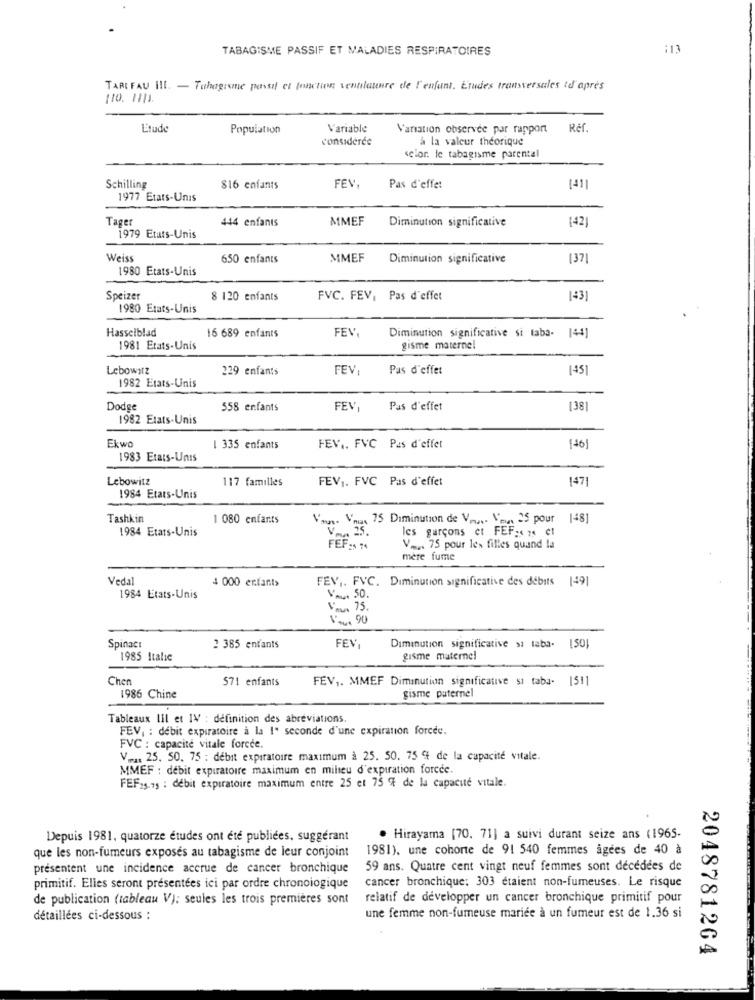
TABAGISME PASSIF ET MALADIES RESPIRATOIRES
:13
TABLEAU III. - Tuhagrane passif et Inactives ventilateure de l'enfant. Etudes transversales te après
Etude
Population
Variable
Variation observee par rapport
Ref.
considérée
à la valeur theorique
<clor. le tabagisme parental
Schilling
816 enfants
FEV,
Pas d'effet
[41]
1977 Etats-Unis
Tager
444 enfants
MMEF
Diminution significative
(42)
1979 Etats-Unis
Weiss
650 enfants
MMEF
Diminution significative
137]
1980 Etats-Unis
Speizer
8 120 enfants
FVC. FEV, Pas d'effet
1431
1980 Etats-Unis
Hasselblad
FEV,
16 689 enfants
Diminution significative si taba- 144]
1981 Etats-Unis
gisme maternel
Lebowitz
229 enfants
FEV;
Pas d'effet
1451
1982 Etats-Unis
Dodge
558 enfants
FEV,
Pas d'effet
1381
1982 Etats-Unis
Ekwo
1 335 enfants
FEV .. FVC Pas d'effet
(+6)
1983 Etats-Unis
Lebowitz
117 familles
FEV1. FVC Pas d'effet
147
1984 Etats-Unis
Tashkin
1 080 enfants
Van. Vmax 75 Diminution de V ... Van 25 pour [4]
1984 Etats-Unis
les garçons et FEF :< 25 e1
25.
FEF. :
V .... 75 pour les filles quand la
mère fume
Vedal
4 000 enfants
FEV ,. FVC. Diminution significative des débits 149]
1984 Etats-Unis
VAL. 50.
Vous 75.
1 -0, 90
Spinaci
2 385 enfants
FEV,
Diminution significative si taba- [50]
1985 Italie
gisme maternel
Chen
571 enfants
FEV ,. MMEF Diminution significative si taba- 1511
gisme paternel
1986 Chine
Tableaux lil et IV : definition des abréviations.
FEV, : débit expiratoire à la 1" seconde d'une expiration forcée.
FVC : capacité vitale force.
V .... 25. 50. 75 : débit expiratoire maximum à 25. 50. 75 % de la capacité vitale.
MMEF : debit expiratoire maximum en milieu d'expiration force.
FEF25.75 : debit expiratoire maximum entre 25 et 75 % de la capacité vitale.
Depuis 1981, quatorze études ont été publiées, suggérant
. Hirayama [70. 71] a suivi durant seize ans (1965-
que les non-fumeurs exposés au tabagisme de leur conjoint
1981). une cohorte de 91 540 femmes âgées de 40 à
présentent une incidence accrue de cancer bronchique
59 ans. Quatre cent vingt neuf femmes sont décédées de
primitif. Elles seront présentées ici par ordre chronologique
cancer bronchique: 303 étaient non-fumeuses. Le risque
de publication (tableau V): seules les trois premières sont
relatif de développer un cancer bronchique primitif pour
détaillées ci-dessous :
une femme non-fumeuse mariée à un fumeur est de 1.36 si
2048781264